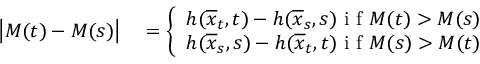
\begin{array} { r l } { \left| M ( t ) - M ( s ) \right| } & { { } = \left\{ \begin{array} { c c } { h ( \overline { { x } } _ { t } , t ) - h ( \overline { { x } } _ { s } , s ) \mathrm { ~ i ~ f ~ } M ( t ) > M ( s ) } \\ { h ( \overline { { x } } _ { s } , s ) - h ( \overline { { x } } _ { t } , t ) \mathrm { ~ i ~ f ~ } M ( s ) > M ( t ) } \end{array} \right. } \end{array}